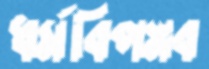
ধর্মবিপস্নব